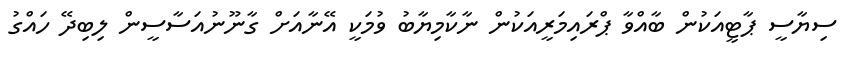
ސިޔާސީ ޕާޓީއަކުން ބާއްވާ ޕްރައިމަރީއަކުން ނާކާމިޔާބު ވުމަކީ އޭނާއަށް ގާނޫނުއަސާސީން ލިބިދޭ ހައްގު